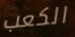
الكعب